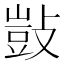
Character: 敱